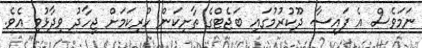
ނަމަވެސް އެ ފައިސާ ދޫކުރުމުގައި ބަޖެޓްގެ ތާށިކަން ހުރިކަމަށް ޖިހާދު ވިދާޅުވި އެވެ.